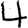
Digit: 4